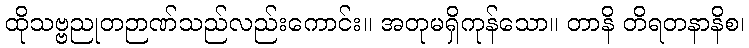
ထိုသဗ္ဗညုတဉာဏ်သည်လည်းကောင်း။ အတုမရှိကုန်သော။ တာနိ တိရတနာနိစ၊